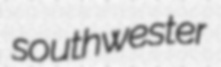
southwester